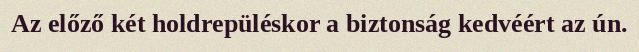
Az előző két holdrepüléskor a biztonság kedvéért az ún.